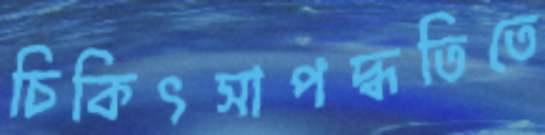
চিকিৎসাপদ্ধতিতে